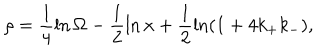
\rho = \frac { 1 } { 4 } \ln \Omega - \frac { 1 } { 2 } \ln x + \frac { 1 } { 2 } \ln ( 1 + 4 k _ { + } k _ { - } ) ,